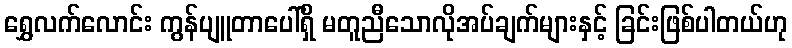
ရွှေလက်လောင်း ကွန်ပျူတာပေါ်ရှိ မတူညီသောလိုအပ်ချက်များနှင့် ခြင်းဖြစ်ပါတယ်ဟု